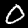
Label: 0